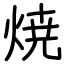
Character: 焼